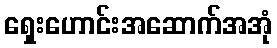
ရှေးဟောင်းအဆောက်အအုံ